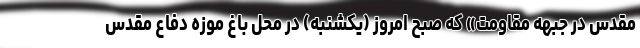
مقدس در جبهه مقاومت» که صبح امروز (یکشنبه) در محل باغ موزه دفاع مقدس